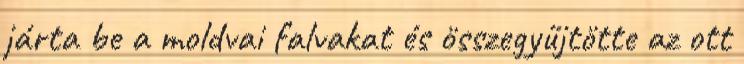
járta be a moldvai falvakat és összegyűjtötte az ott